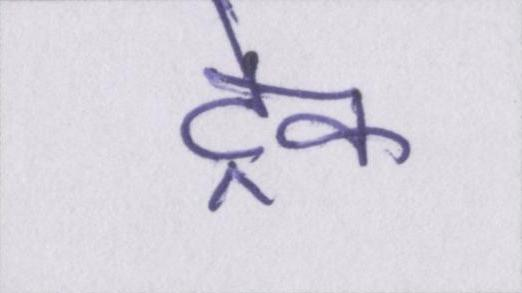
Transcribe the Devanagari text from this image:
ट्रेक